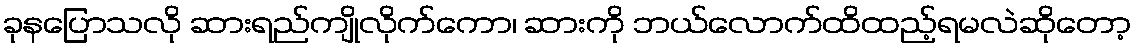
ခုနပြောသလို ဆားရည်ကျိုလိုက်ကော၊ ဆားကို ဘယ်လောက်ထိထည့်ရမလဲဆိုတော့